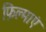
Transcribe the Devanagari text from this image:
फ़िल्माएं